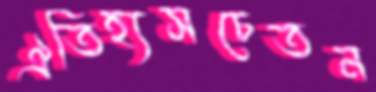
ঐতিহ্যসচেতন